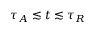
\tau _ { A } \lesssim t \lesssim \tau _ { R }